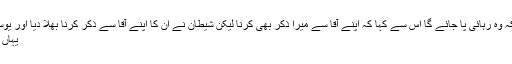
اور دونوں شخصوں میں سے جس کی نسبت (یوسف نے) خیال کیا کہ وہ رہائی پا جائے گا اس سے کہا کہ اپنے آقا سے میرا ذکر بھی کرنا لیکن شیطان نے ان کا اپنے آقا سے ذکر کرنا بھلا دیا اور یوسف کئی برس جیل خانے میں رہے (پارہ 12 سورہ یوسف آیت 42)
یہاں بھی خود اللہ نے مصر کے بادشاہ کے لئے رب کا لفظ استعمال کیا۔